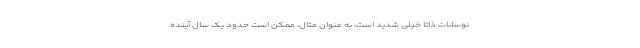
نوسانات ذاتا خیلی شدید است، به عنوان مثال، ممکن است حدود یک سال آینده